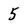
Character: 5